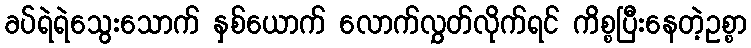
ခပ်ရဲရဲသွေးသောက် နှစ်ယောက် လောက်လွှတ်လိုက်ရင် ကိစ္စပြီးနေတဲ့ဥစ္စာ